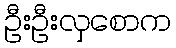
ဦးဦးလှစောက